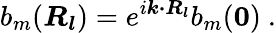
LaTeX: b_{m}({\boldsymbol{R_{l}}})=e^{i{\boldsymbol{k\cdot R_{l}}}}b_{m}({\boldsymbol{0}})\ .